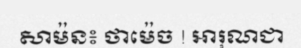
សាម៉ន៖ ថាម៉េច ! អារុណជា